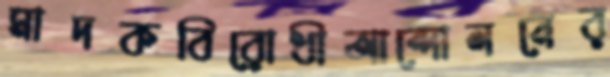
মাদকবিরোধীআন্দোলনের